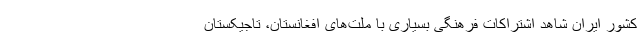
کشور ایران شاهد اشتراکات فرهنگی بسیاری با ملت‌های افغانستان، تاجیکستان